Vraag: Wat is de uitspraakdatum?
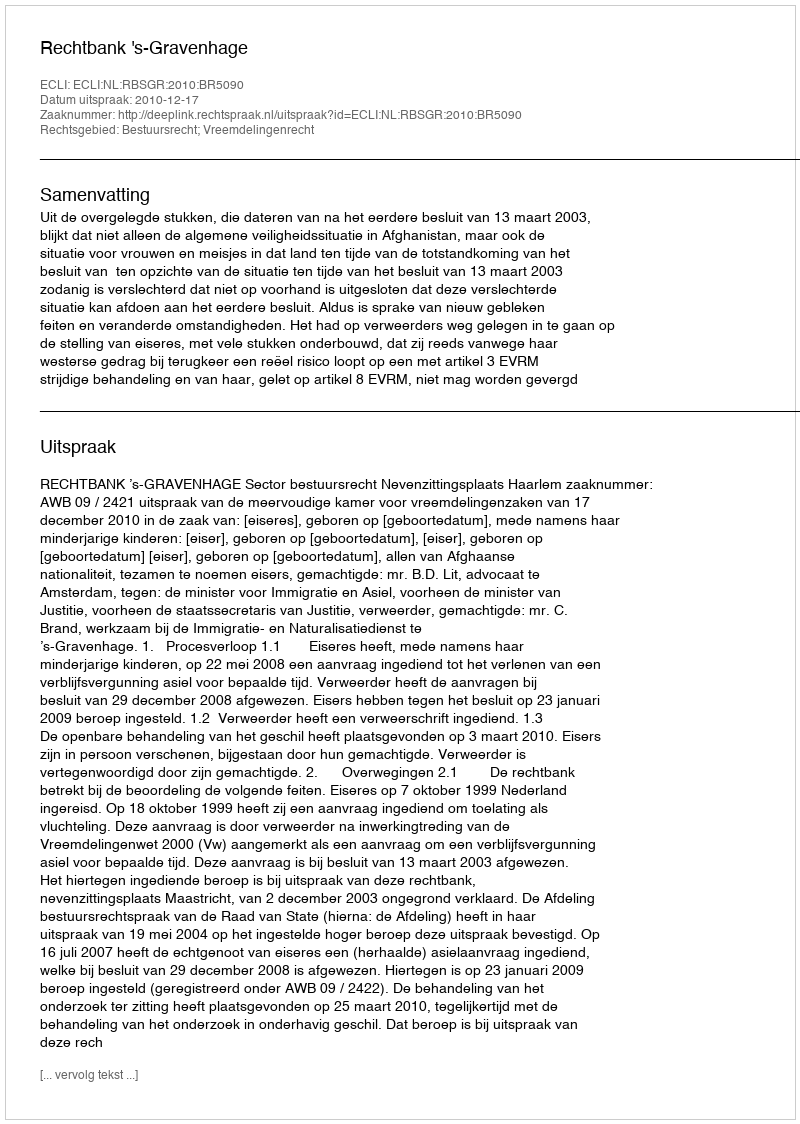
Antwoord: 2010-12-17